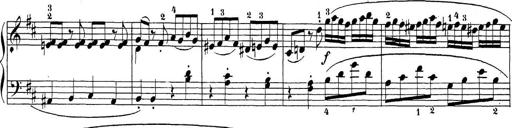
Title: Sonatina Album
Composer: Louis KÃ¶hler